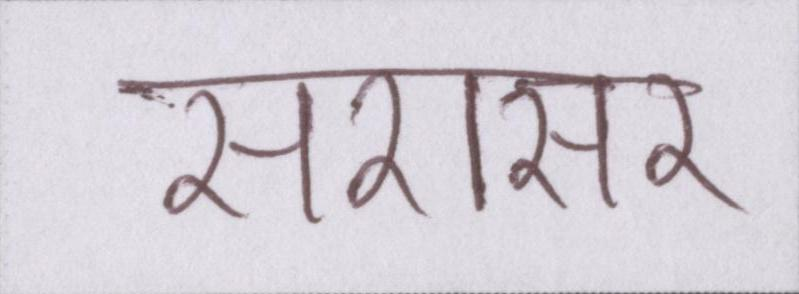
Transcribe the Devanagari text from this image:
सरासर